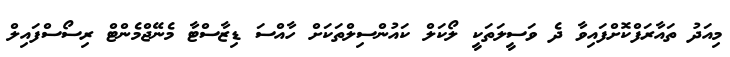
މިއަދު ތައާރަފްކޮށްފައިވާ ދެ ވަސީލަތަކީ ލޯކަލް ކައުންސިލްތަކަށް ހާއްސަ ޑިޒާސްޓާ މެނޭޖްމެންޓް ރިސޯސްފައިލް